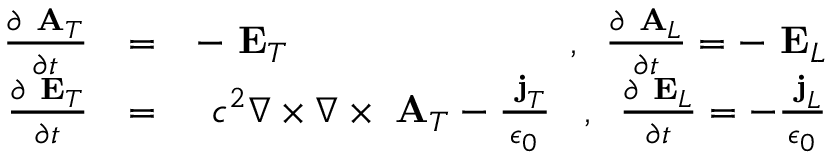
\begin{array} { r l r } { \frac { \partial \mathrm { \bf ~ A } _ { T } } { \partial t } } & { = } & { - \mathrm { \bf ~ E } _ { T } \; \; \; \; \; \; \; \; \; \; \; \; \; \; \; \; \; \; \; \; \; \; \; \; \; \; , \; \; \frac { \partial \mathrm { \bf ~ A } _ { L } } { \partial t } = - \mathrm { \bf ~ E } _ { L } } \\ { \frac { \partial \mathrm { \bf ~ E } _ { T } } { \partial t } } & { = } & { c ^ { 2 } \nabla \times \nabla \times \mathrm { \bf ~ A } _ { T } - \frac { \mathrm { \bf ~ j } _ { T } } { \epsilon _ { 0 } } \; \; \; , \; \; \frac { \partial \mathrm { \bf ~ E } _ { L } } { \partial t } = - \frac { \mathrm { \bf ~ j } _ { L } } { \epsilon _ { 0 } } } \end{array}